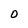
Character: O